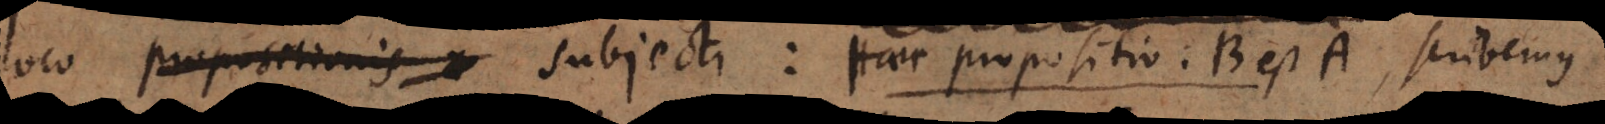
loco propositionis subjecti Haec propositio: B est A scribemus